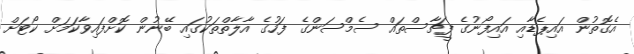
އެގޮތުން އައިޕެޑާއި އައިފޯނުގެ ފީޗާސްތައް ސެމްސަންގެ ފަހުގެ އާލާތްތަކުގައި ބޭނުން ކޮށްފައިވާކަމަށް ކޯޓަށް